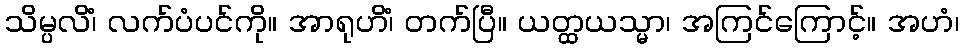
သိမ္ပလိံ၊ လက်ပံပင်ကို။ အာရုဟိံ၊ တက်ပြီ။ ယတ္ထယသ္မာ၊ အကြင်ကြောင့်။ အဟံ၊